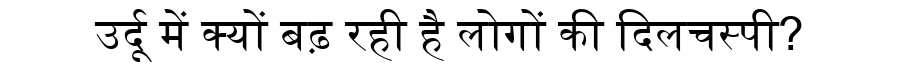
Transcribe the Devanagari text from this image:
उर्दू में क्यों बढ़ रही है लोगों की दिलचस्पी?